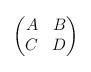
LaTeX: \begin{align*}\begin{pmatrix}A & B \\ C & D\end{pmatrix}\end{align*}